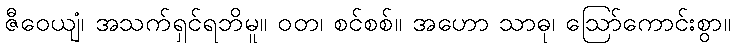
ဇီဝေယျံ၊ အသက်ရှင်ရဘိမူ။ ဝတ၊ စင်စစ်။ အဟော သာဓု၊ ဩော်ကောင်းစွာ။